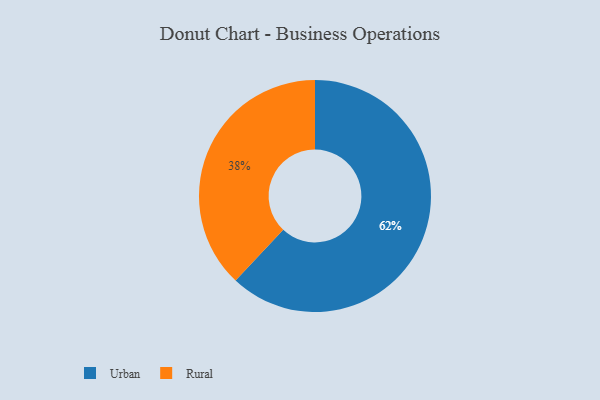
{"axis": {"x": "Category", "y": "Percentage"}, "legend": ["Rural", "Urban"], "data": [{"x": "Urban", "y": 62, "type": "Urban"}, {"x": "Rural", "y": 38, "type": "Rural"}]}